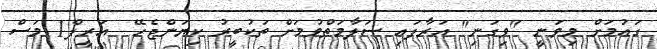
ގައުމަށް މިވަނީ "ވިގަނި" އަރާފައި ސަލާމަތްވުމަށް ތަކުބީރު ކިޔަންޖެހޭ  އަރީފް1 މަސް